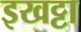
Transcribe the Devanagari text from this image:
इखट्टा